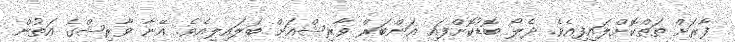
ފާރަށް ތަތްކޮށްލައިފިއެވެ. ދެލޯ ބޮޑުކޮށްފައި އަންބަރް ވާރިޝްއަށް ބަލައިލިއެވެ. އޭނާ ވާރިޝްގެ އަތުން